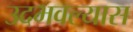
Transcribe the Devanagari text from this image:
उदभवल्यास